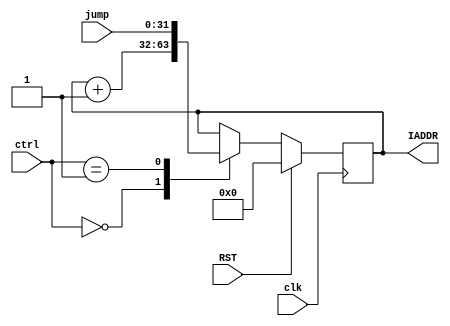
module program_counter(
	input wire clk,
	input wire RST,
    input wire [1:0] ctrl,
	input wire [31:0] jump,
    output reg [31:0] IADDR 
);

always @(posedge clk) begin
	if(!RST) 
    begin 
        case(ctrl)
            2'b00:
            begin
				IADDR <= IADDR + 1'b1;
			end
			2'b01:
            begin
				IADDR <= jump;
			end
        endcase
    end 
    else
    begin
        IADDR <= 32'd0;
    end

end
endmodule